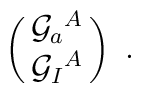
\pmatrix{{\cal G}_a{}^A\cr {\cal G}_I{}^A} \ .